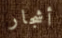
أشجار